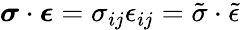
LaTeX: {\boldsymbol{\sigma}}\cdot{\boldsymbol{\epsilon}}=\sigma_{ij}\epsilon_{ij}={\tilde{\sigma}}\cdot{\tilde{\epsilon}}